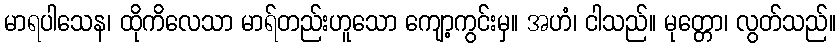
မာရပါသေန၊ ထိုကိလေသာ မာရ်တည်းဟူသော ကျော့ကွင်းမှ။ အဟံ၊ ငါသည်။ မုတ္တော၊ လွတ်သည်။